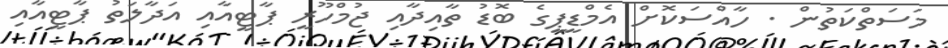
މަސަތްކަތުން . ހާއްސަކޮށް އެމްޑީޕީގެ ބޮޑު ތާއިދާއި ޖުމްހޫރީ ޕާޓީއާއި އަދާލަތު ޕާޓީއާއި